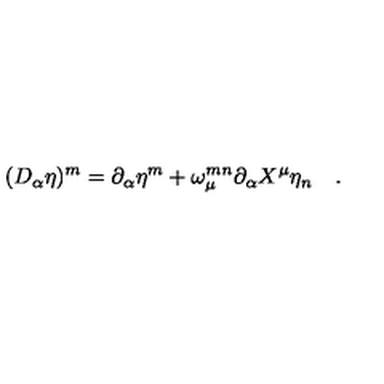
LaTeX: ( D _ { \alpha } \eta ) ^ { m } = \partial _ { \alpha } \eta ^ { m } + \omega _ { \mu } ^ { m n } \partial _ { \alpha } X ^ { \mu } \eta _ { n } \quad .